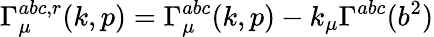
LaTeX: \Gamma_{\mu}^{abc,r}(k,p)=\Gamma_{\mu}^{abc}(k,p)-k_{\mu}\Gamma^{abc}(b^{2})